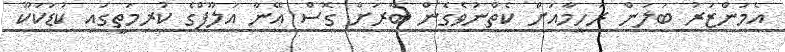
އެމަންޒަރު ބަލަން ރަހީމާއަށް ކެތްނުވެގެން ބާރަށް ގޮސް އޭނާ އަލޫފްގެ ކުރިމަތީގައި ކުޑަކަކޫ